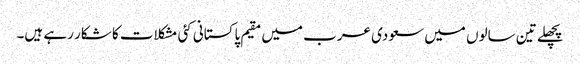
پچھلے تین سالوں میں سعودی عرب میں مقیم پاکستانی کئی مشکلات کا شکار رہے ہیں۔